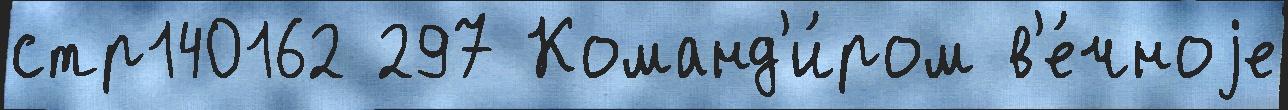
стр140162 297 Команд'и́ром в'е́чноjе